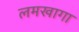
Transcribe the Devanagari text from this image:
लमखागा